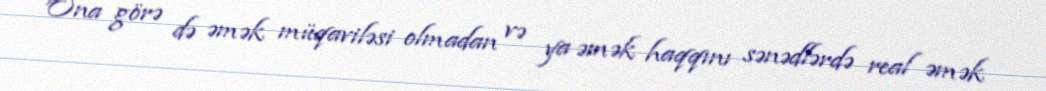
Ona görə də əmək müqaviləsi olmadan və ya əmək haqqını sənədlərdə real əmək